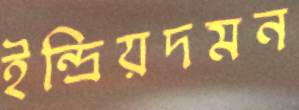
ইন্দ্রিয়দমন